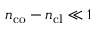
n _ { \mathrm { c o } } - n _ { \mathrm { c l } } \ll 1